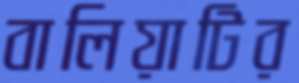
বালিয়াটির